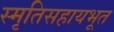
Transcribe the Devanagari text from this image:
स्मृतिसहायभूत